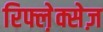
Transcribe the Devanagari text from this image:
रिफ्ल़ेक्सेज़